Medical and sanitary report on the native army of Bombay for the year
Year: 1877
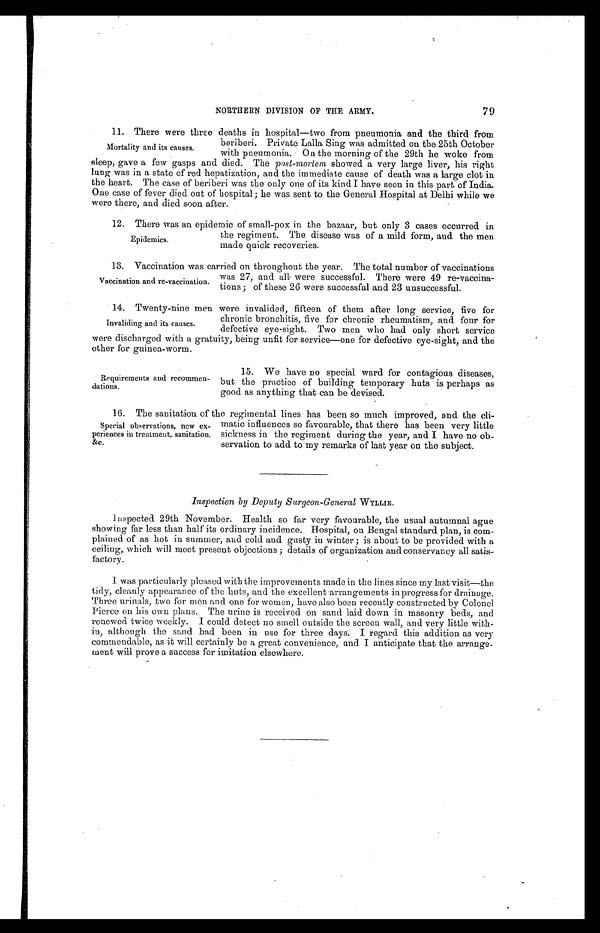
79
NORTHERN DIVISION OF THE ARMY.
11. There were three deaths in hospital—two from pneumonia and the third from.
beriberi. Private Lana Sing was admitted on the 25th October
with pneumonia. On the morning of the 29th he woke from
sleep, gave a few gasps and died. The post-mortem showed a very large liver, his right
lung limg was in a state of red hepatization, and the immediate cause of death was a large clot in
the heart. The case of beriberi was the only one of its kind I have seen in this part, of India.
One case of fever died out of hospital; he was sent to the General Hospital at Delhi while we
were there, and died soon after.
1 2 . T h e r e w a s a n e p i d e m i c o f s m a l l - p o x i n t h e b a z a a r , b u t o n l y 3 c a s e s o c c u r r e d i n
the regiment. The disease was of a mild form, and the men
made quick recoveries.
1 3 . V a c c i n a t i o n w a s c a r r i e d o n t h r o u g h o u t t h e y e a r . T h e t o t a l n u m b e r o f v a c c i n a t i o n s
was 27, and all were successful. There were 49 re-vaccina-
tions; of these 26 were successful and 23 unsuccessful.
14.Twenty-nine men were invalided, fifteen of them after long service, five for
chronic bronchitis, five for chronic rheumatism, and four for
defective eye-sight. Two men who had only short service
were discharged with a gratuity, being unfit for service—one for defective eye-sight, and the
other for guinea-worm.
Mortality and its causes.
Epidemics.
Vaccination and re-vaccination.
Invaliding and its causes.
Requirements and recommen-
-dations.
15. We have no special ward for contagious diseases,
but the practice of building temporary huts is perhaps as
good as anything that can be devised.
16. The sanitation of the regimental lines has been so much improved, and the cli
-matic influences so favourable, that there has been very little
sickness in the regiment during the year, and I have no ob
-servation to add to my remarks of last year on the subject.
Inspection by Deputy Surgeon-General WYLLIE.
Inspected 29th November. Health so far very favourable, the usual autumnal ague
showing far less than half its ordinary incidence. Hospital, on Bengal standard plan, is com
-plained of as hot in summer, and cold and gusty in winter; is about to be provided with a
ceiling, which will meet present objections; details of organization and conservancy all satis--
factory.
I was particularly pleased with the improvements made in the lines since my last visit—the
tidy, cleanly appearance of the huts, and the excellent arrangements in progress for drainage.
Three urinals, two for men and one for women, have also been recently constructed by Colonel
Pierce on his own plans. The urine is received on sand laid down in masonry beds, and
renewed twice weekly. I could. detect no smell outside the screen wall, and very little with
-in, although the sand had been in use for three days I regard this addition as very
commendable, as it will certainly be a great convenience, and I anticipate that the arrange--
ment will prove a success for imitation elsewhere.
Special observations, new ex-
- p e r i e n c e s i n t r e a t m e n t , s a n i t a t i o n ,
&c.